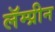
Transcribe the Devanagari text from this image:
लॅम्प्रीन